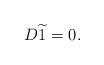
LaTeX: \begin{align*}D\widetilde{1}=0. \end{align*}